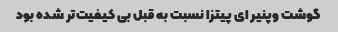
گوشت وپنیر ای پیتزا نسبت به قبل بی کیفیت‌تر شده بود